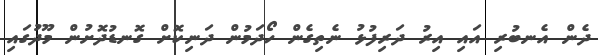
ދެން އެނބުރި އައި އިރު ދަރިފުޅު ނެތިގެން ހޯދަމުން ދަނިކޮށް ގޮނޑުދޮށުން މޫދުގައި